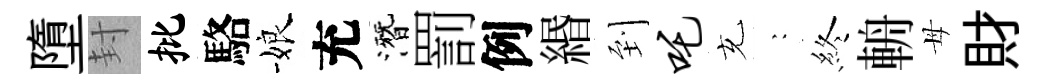
墮封批駱娘充潛罰例緡到吒充巍終輈母財